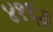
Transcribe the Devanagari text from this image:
४१६३